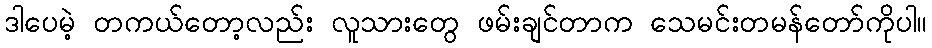
ဒါပေမဲ့ တကယ်တော့လည်း လူသားတွေ ဖမ်းချင်တာက သေမင်းတမန်တော်ကိုပါ။